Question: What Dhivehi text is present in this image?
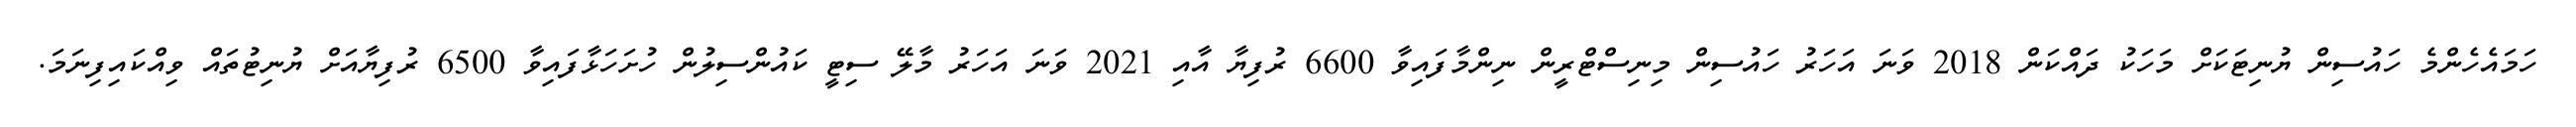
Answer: ހަމައެހެންމެ ހައުސިން ޔުނިޓަކަށް މަހަކު ދައްކަން 2018 ވަނަ އަހަރު ހައުސިން މިނިސްޓްރީން ނިންމާފައިވާ 6600 ރުފިޔާ އާއި 2021 ވަނަ އަހަރު މާލޭ ސިޓީ ކައުންސިލުން ހުށަހަޅާފައިވާ 6500 ރުފިޔާއަށް ޔުނިޓުތައް ވިއްކައިފިނަމަ.